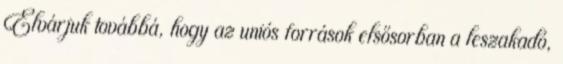
Elvárjuk továbbá, hogy az uniós források elsősorban a leszakadó,